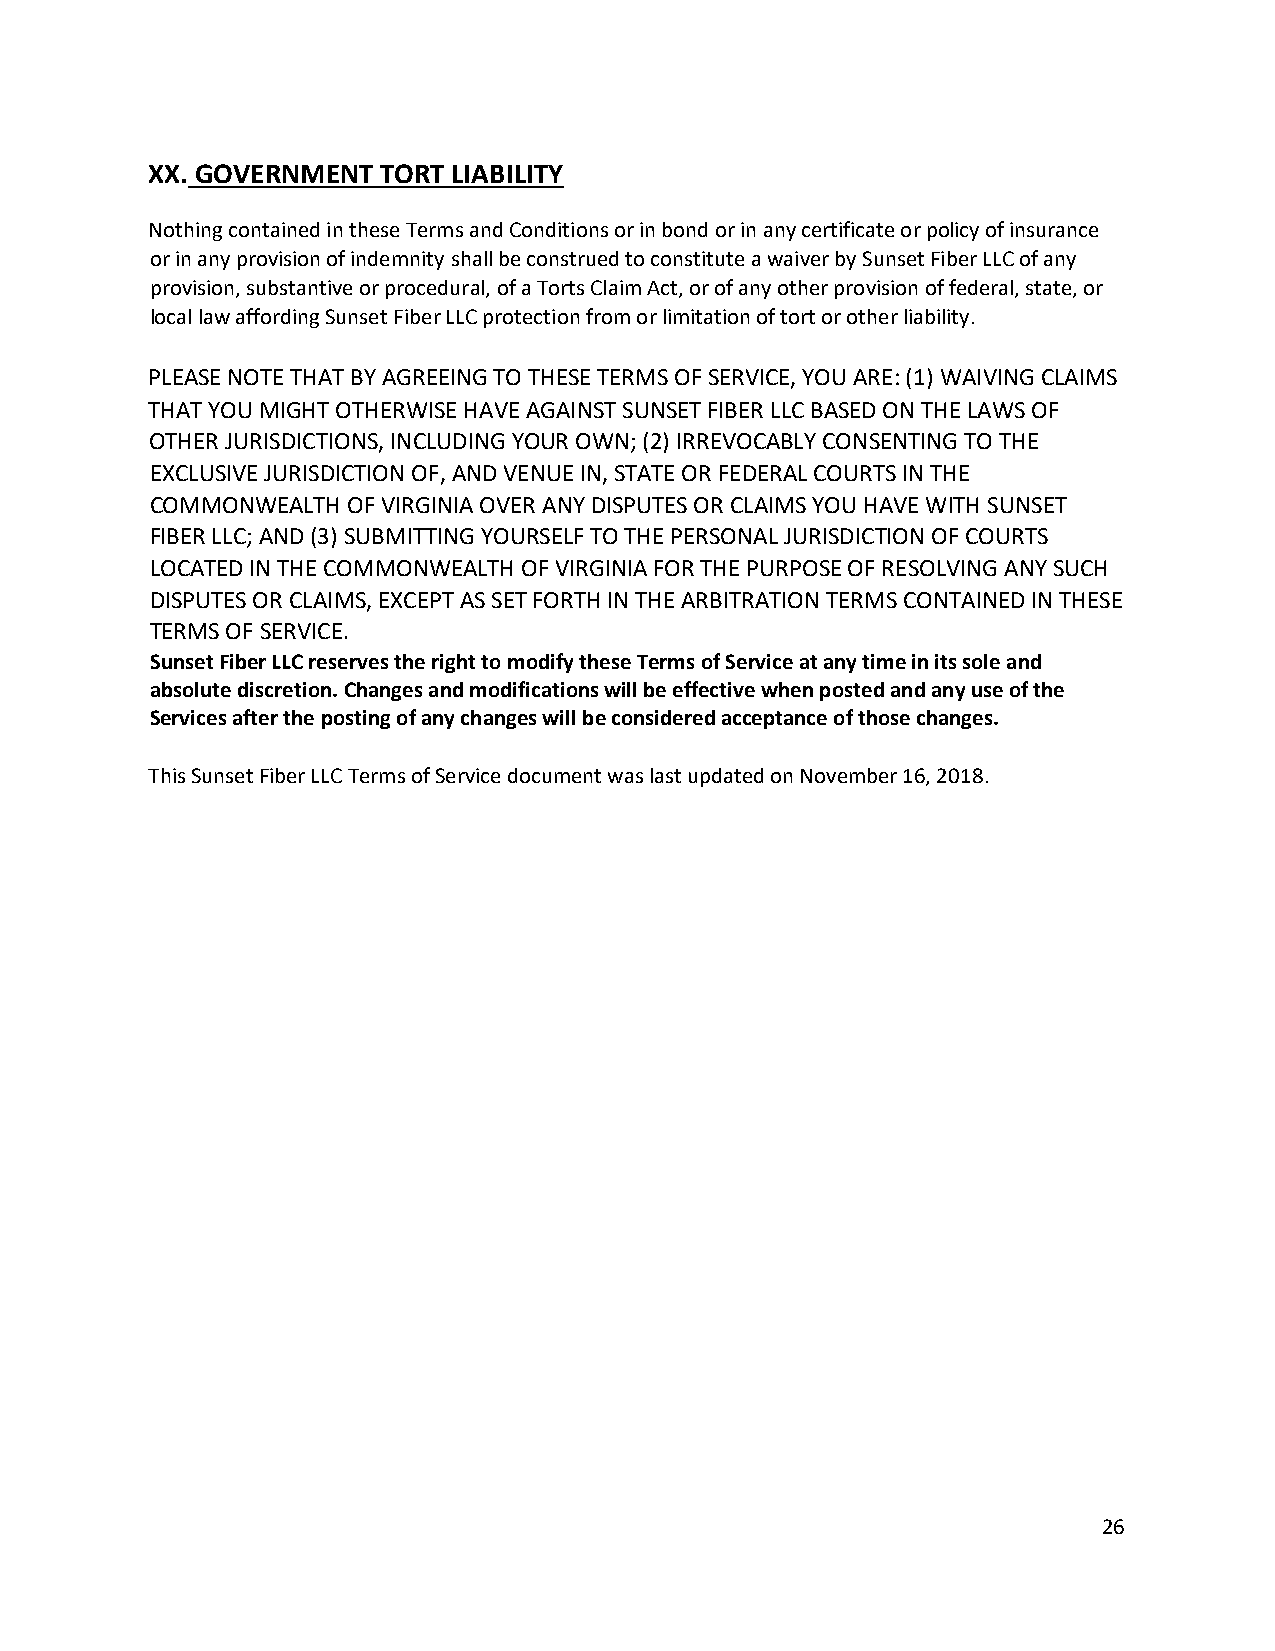
XX. GOVERNMENT TORT LIABILITY
 Nothing contained in these Terms and Conditions or in bond or in any certificate or policy of insurance
 or in any provision of indemnity shall be construed to constitute a waiver by Sunset Fiber LLC of any
 provision, substantive or procedural, of a Torts Claim Act, or of any other provision of federal, state, or
 local law affording Sunset Fiber LLC protection from or limitation of tort or other liability.
 PLEASE NOTE THAT BY AGREEING TO THESE TERMS OF SERVICE, YOU ARE: (1) WAIVING CLAIMS
 THAT YOU MIGHT OTHERWISE HAVE AGAINST SUNSET FIBER LLC BASED ON THE LAWS OF
 OTHER JURISDICTIONS, INCLUDING YOUR OWN; (2) IRREVOCABLY CONSENTING TO THE
 EXCLUSIVE JURISDICTION OF, AND VENUE IN, STATE OR FEDERAL COURTS IN THE
 COMMONWEALTH OF VIRGINIA OVER ANY DISPUTES OR CLAIMS YOU HAVE WITH SUNSET
 FIBER LLC; AND (3) SUBMITTING YOURSELF TO THE PERSONAL JURISDICTION OF COURTS
 LOCATED IN THE COMMONWEALTH OF VIRGINIA FOR THE PURPOSE OF RESOLVING ANY SUCH
 DISPUTES OR CLAIMS, EXCEPT AS SET FORTH IN THE ARBITRATION TERMS CONTAINED IN THESE
 TERMS OF SERVICE.
 Sunset Fiber LLC reserves the right to modify these Terms of Service at any time in its sole and
 absolute discretion. Changes and modifications will be effective when posted and any use of the
 Services after the posting of any changes will be considered acceptance of those changes.
 This Sunset Fiber LLC Terms of Service document was last updated on November 16, 2018.
 26